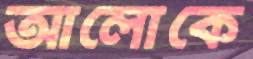
আলোকে